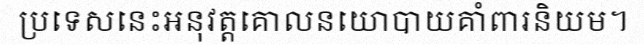
ប្រទេសនេះអនុវត្តគោលនយោបាយគាំពារនិយម។